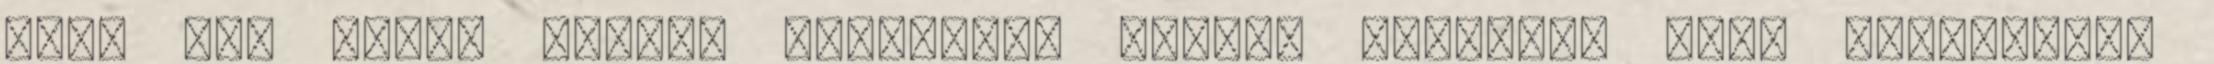
vagy más módon kezelt személyes adatok véletlen vagy jogellenes